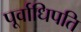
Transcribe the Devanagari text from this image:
पूर्वाधिपति